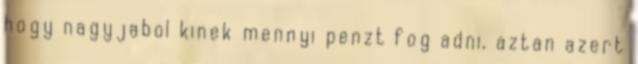
hogy nagyjabol kinek mennyi penzt fog adni, aztan azert